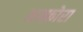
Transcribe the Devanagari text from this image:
अम्फ़ोरा